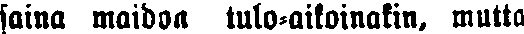
saina maidon tulo-aikoinakin, mutta